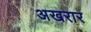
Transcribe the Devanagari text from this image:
अखरार